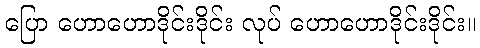
ပြော ဟောဟောဒိုင်းဒိုင်း လုပ် ဟောဟောဒိုင်းဒိုင်း။